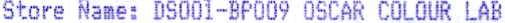
STORE NAME: DS001-BP009 OSCAR COLOUR LAB